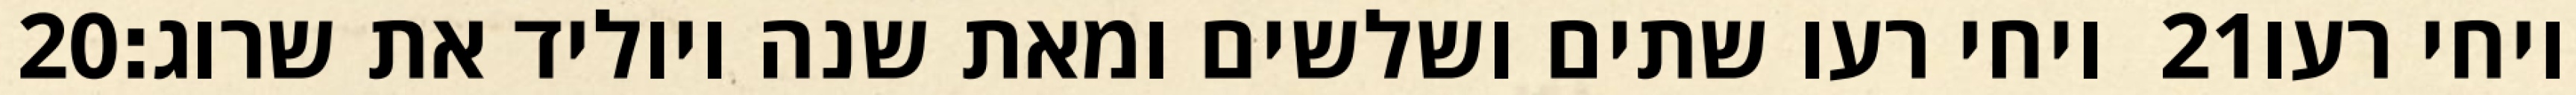
‎20‏ ויחי רעו שתים ושלשים ומאת שנה ויוליד את שרוג׃ ‎21‏ ויחי רעו